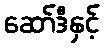
ဆော်ဒီနှင့်